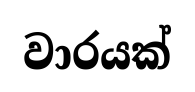
වාරයක්